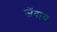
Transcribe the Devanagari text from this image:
जेंवाय